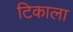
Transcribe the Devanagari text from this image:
टिकाला